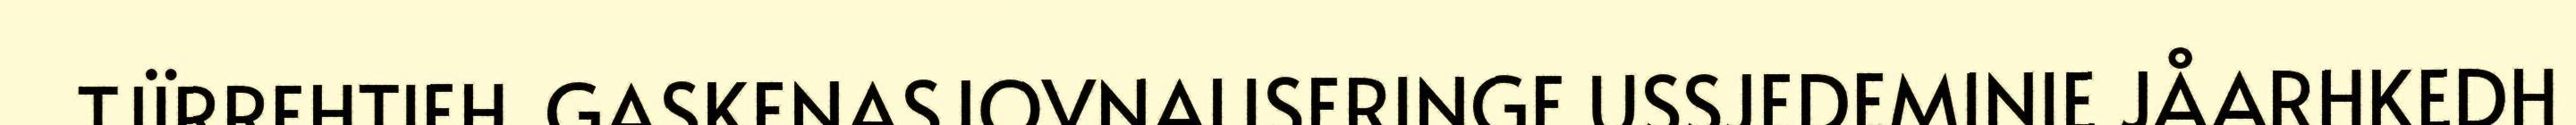
TJÏRREHTIEH. GASKENASJOVNALISERINGE USSJEDEMINIE JÅARHKEDH